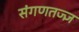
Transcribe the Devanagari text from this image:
संगणतज्ज्ञ